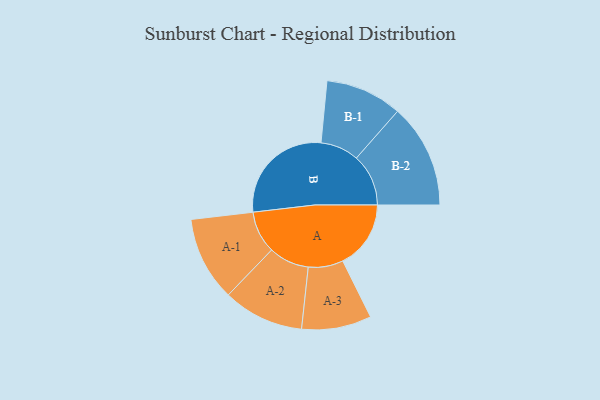
{"axis": {"x": "Segment", "y": "Value"}, "legend": ["", "A", "B"], "data": [{"x": "A", "y": 234, "type": ""}, {"x": "B", "y": 376, "type": ""}, {"x": "A-1", "y": 145, "type": "A"}, {"x": "A-2", "y": 139, "type": "A"}, {"x": "A-3", "y": 120, "type": "A"}, {"x": "B-1", "y": 132, "type": "B"}, {"x": "B-2", "y": 179, "type": "B"}]}